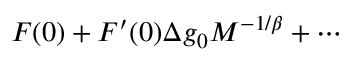
{ \cal F } ( 0 ) + { \cal F } ^ { \prime } ( 0 ) \Delta g _ { 0 } { \cal M } ^ { - 1 / \beta } + \cdots